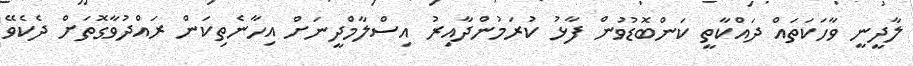
ލާދީނީ ވާހަކަތައް ދައްކާތީ ކަންބޮޑުވުން ފާޅު ކުރަމުންދާއިރު އިސްލާމްދީނަށް އިހާނެތިކަން ރައްދުވާގޮތަށް ދެކެވޭ